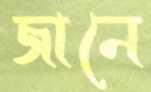
জানে